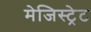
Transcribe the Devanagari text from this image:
मेजिस्ट्रेट